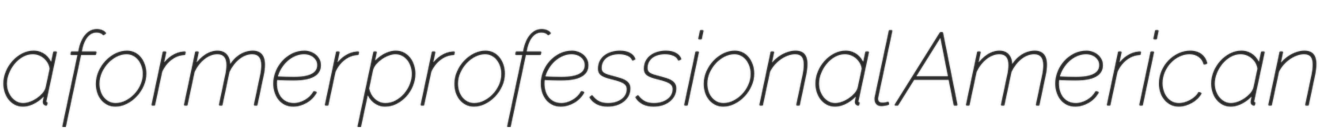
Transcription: a former professional American